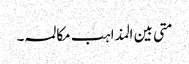
متی بین المذاہب مکالمہ ۔